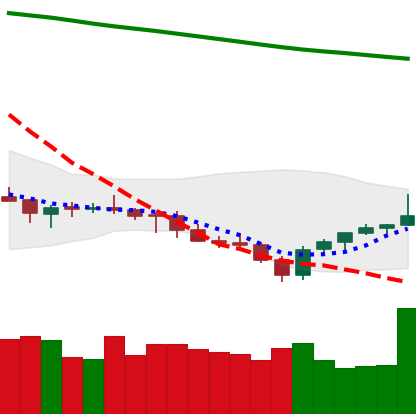
Ticker: LTC-USD
Chart end date: 2021-07-26
Forward return: 10.331%
Label: up_7plus